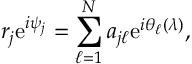
r _ { j } \mathrm { e } ^ { i \psi _ { j } } = \sum _ { \ell = 1 } ^ { N } a _ { j \ell } \mathrm { e } ^ { i \theta _ { \ell } ( \lambda ) } ,